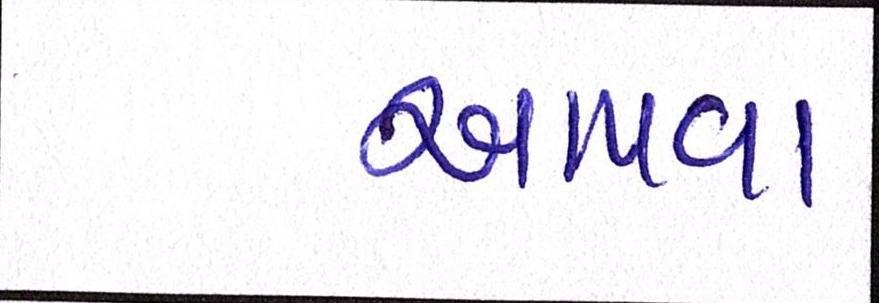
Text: આપવા